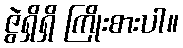
ဇွဲရှိရှိ ကြိုးစားပါ။